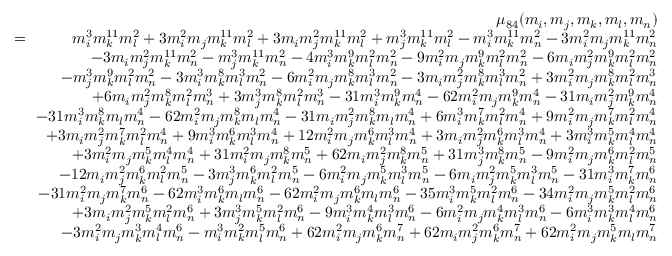
\begin{array} { r l r } & { } & { \mu _ { 8 4 } ( m _ { i } , m _ { j } , m _ { k } , m _ { l } , m _ { n } ) } \\ & { \! \! = \! \! } & { m _ { i } ^ { 3 } m _ { k } ^ { 1 1 } m _ { l } ^ { 2 } + 3 m _ { i } ^ { 2 } m _ { j } m _ { k } ^ { 1 1 } m _ { l } ^ { 2 } + 3 m _ { i } m _ { j } ^ { 2 } m _ { k } ^ { 1 1 } m _ { l } ^ { 2 } + m _ { j } ^ { 3 } m _ { k } ^ { 1 1 } m _ { l } ^ { 2 } - m _ { i } ^ { 3 } m _ { k } ^ { 1 1 } m _ { n } ^ { 2 } - 3 m _ { i } ^ { 2 } m _ { j } m _ { k } ^ { 1 1 } m _ { n } ^ { 2 } } \\ & { } & { - 3 m _ { i } m _ { j } ^ { 2 } m _ { k } ^ { 1 1 } m _ { n } ^ { 2 } - m _ { j } ^ { 3 } m _ { k } ^ { 1 1 } m _ { n } ^ { 2 } - 4 m _ { i } ^ { 3 } m _ { k } ^ { 9 } m _ { l } ^ { 2 } m _ { n } ^ { 2 } - 9 m _ { i } ^ { 2 } m _ { j } m _ { k } ^ { 9 } m _ { l } ^ { 2 } m _ { n } ^ { 2 } - 6 m _ { i } m _ { j } ^ { 2 } m _ { k } ^ { 9 } m _ { l } ^ { 2 } m _ { n } ^ { 2 } } \\ & { } & { - m _ { j } ^ { 3 } m _ { k } ^ { 9 } m _ { l } ^ { 2 } m _ { n } ^ { 2 } - 3 m _ { i } ^ { 3 } m _ { k } ^ { 8 } m _ { l } ^ { 3 } m _ { n } ^ { 2 } - 6 m _ { i } ^ { 2 } m _ { j } m _ { k } ^ { 8 } m _ { l } ^ { 3 } m _ { n } ^ { 2 } - 3 m _ { i } m _ { j } ^ { 2 } m _ { k } ^ { 8 } m _ { l } ^ { 3 } m _ { n } ^ { 2 } + 3 m _ { i } ^ { 2 } m _ { j } m _ { k } ^ { 8 } m _ { l } ^ { 2 } m _ { n } ^ { 3 } } \\ & { } & { + 6 m _ { i } m _ { j } ^ { 2 } m _ { k } ^ { 8 } m _ { l } ^ { 2 } m _ { n } ^ { 3 } + 3 m _ { j } ^ { 3 } m _ { k } ^ { 8 } m _ { l } ^ { 2 } m _ { n } ^ { 3 } - 3 1 m _ { i } ^ { 3 } m _ { k } ^ { 9 } m _ { n } ^ { 4 } - 6 2 m _ { i } ^ { 2 } m _ { j } m _ { k } ^ { 9 } m _ { n } ^ { 4 } - 3 1 m _ { i } m _ { j } ^ { 2 } m _ { k } ^ { 9 } m _ { n } ^ { 4 } } \\ & { } & { - 3 1 m _ { i } ^ { 3 } m _ { k } ^ { 8 } m _ { l } m _ { n } ^ { 4 } - 6 2 m _ { i } ^ { 2 } m _ { j } m _ { k } ^ { 8 } m _ { l } m _ { n } ^ { 4 } - 3 1 m _ { i } m _ { j } ^ { 2 } m _ { k } ^ { 8 } m _ { l } m _ { n } ^ { 4 } + 6 m _ { i } ^ { 3 } m _ { k } ^ { 7 } m _ { l } ^ { 2 } m _ { n } ^ { 4 } + 9 m _ { i } ^ { 2 } m _ { j } m _ { k } ^ { 7 } m _ { l } ^ { 2 } m _ { n } ^ { 4 } } \\ & { } & { + 3 m _ { i } m _ { j } ^ { 2 } m _ { k } ^ { 7 } m _ { l } ^ { 2 } m _ { n } ^ { 4 } + 9 m _ { i } ^ { 3 } m _ { k } ^ { 6 } m _ { l } ^ { 3 } m _ { n } ^ { 4 } + 1 2 m _ { i } ^ { 2 } m _ { j } m _ { k } ^ { 6 } m _ { l } ^ { 3 } m _ { n } ^ { 4 } + 3 m _ { i } m _ { j } ^ { 2 } m _ { k } ^ { 6 } m _ { l } ^ { 3 } m _ { n } ^ { 4 } + 3 m _ { i } ^ { 3 } m _ { k } ^ { 5 } m _ { l } ^ { 4 } m _ { n } ^ { 4 } } \\ & { } & { + 3 m _ { i } ^ { 2 } m _ { j } m _ { k } ^ { 5 } m _ { l } ^ { 4 } m _ { n } ^ { 4 } + 3 1 m _ { i } ^ { 2 } m _ { j } m _ { k } ^ { 8 } m _ { n } ^ { 5 } + 6 2 m _ { i } m _ { j } ^ { 2 } m _ { k } ^ { 8 } m _ { n } ^ { 5 } + 3 1 m _ { j } ^ { 3 } m _ { k } ^ { 8 } m _ { n } ^ { 5 } - 9 m _ { i } ^ { 2 } m _ { j } m _ { k } ^ { 6 } m _ { l } ^ { 2 } m _ { n } ^ { 5 } } \\ & { } & { - 1 2 m _ { i } m _ { j } ^ { 2 } m _ { k } ^ { 6 } m _ { l } ^ { 2 } m _ { n } ^ { 5 } - 3 m _ { j } ^ { 3 } m _ { k } ^ { 6 } m _ { l } ^ { 2 } m _ { n } ^ { 5 } - 6 m _ { i } ^ { 2 } m _ { j } m _ { k } ^ { 5 } m _ { l } ^ { 3 } m _ { n } ^ { 5 } - 6 m _ { i } m _ { j } ^ { 2 } m _ { k } ^ { 5 } m _ { l } ^ { 3 } m _ { n } ^ { 5 } - 3 1 m _ { i } ^ { 3 } m _ { k } ^ { 7 } m _ { n } ^ { 6 } } \\ & { } & { - 3 1 m _ { i } ^ { 2 } m _ { j } m _ { k } ^ { 7 } m _ { n } ^ { 6 } - 6 2 m _ { i } ^ { 3 } m _ { k } ^ { 6 } m _ { l } m _ { n } ^ { 6 } - 6 2 m _ { i } ^ { 2 } m _ { j } m _ { k } ^ { 6 } m _ { l } m _ { n } ^ { 6 } - 3 5 m _ { i } ^ { 3 } m _ { k } ^ { 5 } m _ { l } ^ { 2 } m _ { n } ^ { 6 } - 3 4 m _ { i } ^ { 2 } m _ { j } m _ { k } ^ { 5 } m _ { l } ^ { 2 } m _ { n } ^ { 6 } } \\ & { } & { + 3 m _ { i } m _ { j } ^ { 2 } m _ { k } ^ { 5 } m _ { l } ^ { 2 } m _ { n } ^ { 6 } + 3 m _ { j } ^ { 3 } m _ { k } ^ { 5 } m _ { l } ^ { 2 } m _ { n } ^ { 6 } - 9 m _ { i } ^ { 3 } m _ { k } ^ { 4 } m _ { l } ^ { 3 } m _ { n } ^ { 6 } - 6 m _ { i } ^ { 2 } m _ { j } m _ { k } ^ { 4 } m _ { l } ^ { 3 } m _ { n } ^ { 6 } - 6 m _ { i } ^ { 3 } m _ { k } ^ { 3 } m _ { l } ^ { 4 } m _ { n } ^ { 6 } } \\ & { } & { - 3 m _ { i } ^ { 2 } m _ { j } m _ { k } ^ { 3 } m _ { l } ^ { 4 } m _ { n } ^ { 6 } - m _ { i } ^ { 3 } m _ { k } ^ { 2 } m _ { l } ^ { 5 } m _ { n } ^ { 6 } + 6 2 m _ { i } ^ { 2 } m _ { j } m _ { k } ^ { 6 } m _ { n } ^ { 7 } + 6 2 m _ { i } m _ { j } ^ { 2 } m _ { k } ^ { 6 } m _ { n } ^ { 7 } + 6 2 m _ { i } ^ { 2 } m _ { j } m _ { k } ^ { 5 } m _ { l } m _ { n } ^ { 7 } } \end{array}